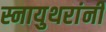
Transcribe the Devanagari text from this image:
स्नायुथरांनी